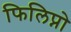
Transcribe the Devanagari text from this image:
फिलिप्नो